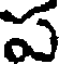
ప